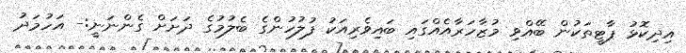
އިދިކޮޅު ޕާޓީތަކުން ބޭއްވި މުޒާހަރާއެއްގައި ބައިވެރިއަކު ފުލުހުންގެ ބެލުމުގެ ދަށަށް ގެންނަނީ:- އަހުމަދު